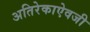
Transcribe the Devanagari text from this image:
अतिरेकाऐवजी